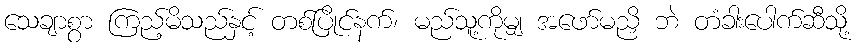
သေချာစွာ ကြည့်မိသည်နှင့် တစ်ပြိုင်နက်၊ မည်သူ့ကိုမျှ အဖော်မညှိ ဘဲ တံခါးပေါက်ဆီသို့